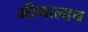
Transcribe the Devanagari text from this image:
भीमालाच